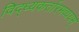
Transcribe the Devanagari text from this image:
विद्ध्यकर्तारमव्ययम्‌